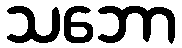
သဘော